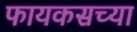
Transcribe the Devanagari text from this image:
फायकसच्या